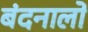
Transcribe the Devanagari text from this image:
बंदनालो